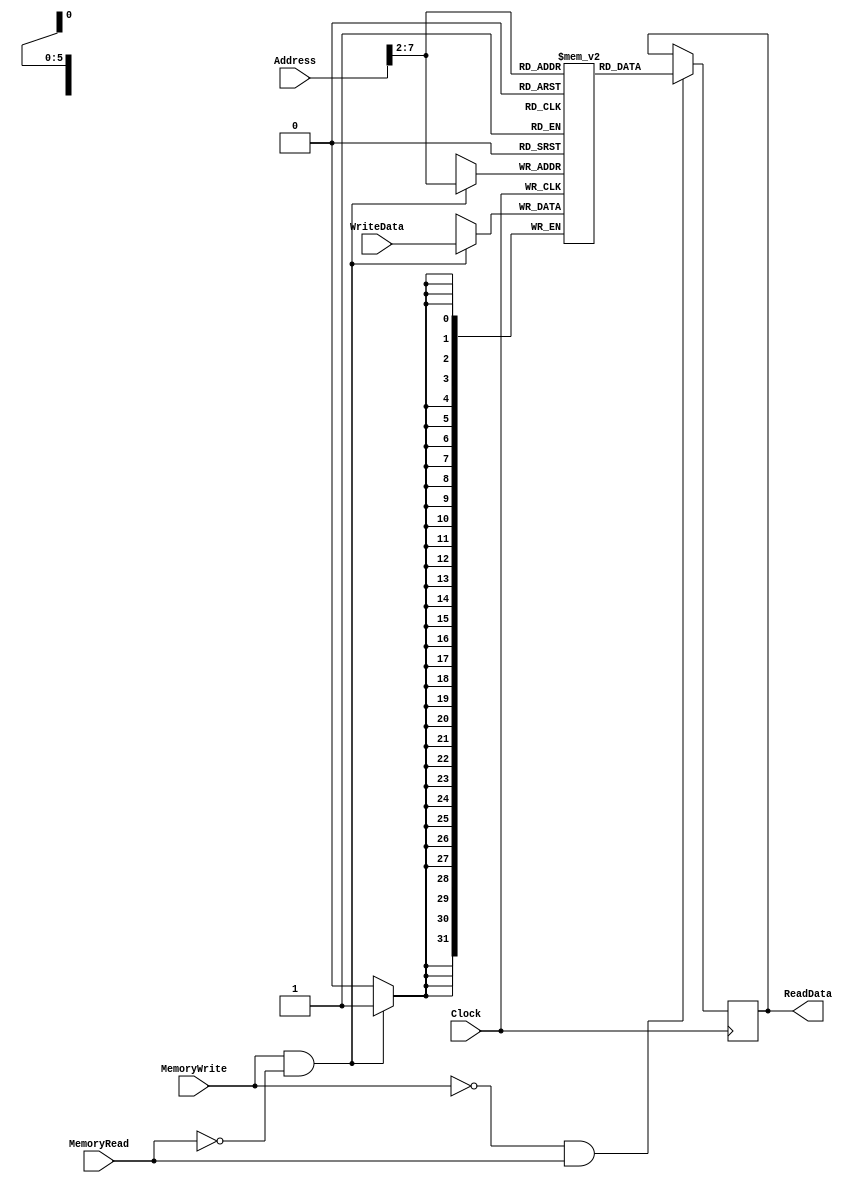
`timescale 1ns / 1ps

module DataMemory(ReadData, Address, WriteData, MemoryRead, MemoryWrite, Clock);
input [31:0] Address, WriteData;
input MemoryRead, MemoryWrite, Clock;
output reg [31:0] ReadData;
reg [31:0] tmp;
reg [31:0] Mem [63:0]; //Require size of 64 words 

always @ (negedge Clock) //At the negative edge  of the clock, check if we need to write data into memory
begin 
	if (MemoryWrite == 1 && MemoryRead == 0)
	begin 
		 Mem[(Address>>2)] <= #20 WriteData;
	$display("The data written into Memory is %d\n", Mem[Address]); 
 	end
end
always @ (posedge Clock) //At the positive edge of the clock, check if we need to read data into memory
begin
        if (MemoryWrite == 0 && MemoryRead == 1)
	begin 
	
	ReadData <= #20 Mem[(Address>>2)]; 
	$display("The data read from Memory is %d\n", Mem[Address]); 

	end
end
endmodule